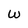
Character: W